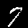
Label: 7